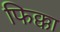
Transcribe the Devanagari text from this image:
फिक्का